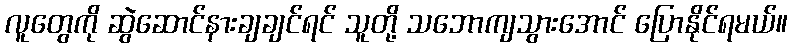
လူတွေကို ဆွဲဆောင်နားချချင်ရင် သူတို့ သဘောကျသွားအောင် ပြောနိုင်ရမယ်။